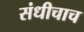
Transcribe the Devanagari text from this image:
संधीचाच